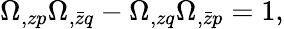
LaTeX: \Omega_{,zp}\Omega_{,\bar{z}q}-\Omega_{,zq}\Omega_{,\bar{z}p}=1,